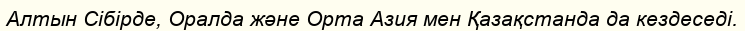
Алтын Сібірде, Оралда және Орта Азия мен Қазақстанда да кездеседі.